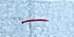
-